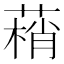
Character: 䔠